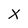
Character: X